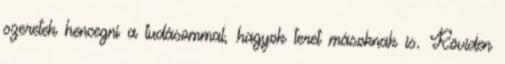
szeretek hencegni a tudásommal, hagyok teret másoknak is. Röviden